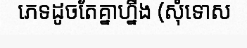
ភេទដូចតែគ្នាហ្នឹង (សុំទោស